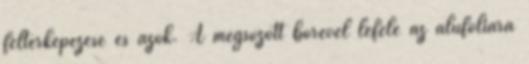
feltérképezése és azok. A megsózott bőrével lefelé az alufóliára